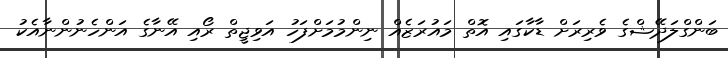
ބަންގްލަދޭޝްގެ ވެރިރަށް ޑާކާގައި އޮތް މައުރަޒެއް ނިންމުމަށްފަހު އަވިޖީތް ރޯއި އޭނާގެ އަންހެނުންނާއެކު